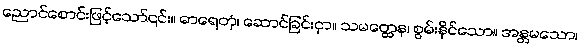
ညောင်စောင်းဖြင့်သော်၎င်း။ ဓာရေတုံ၊ ဆောင်ခြင်းငှာ။ သမတ္ထေန၊ စွမ်းနိုင်သော။ အန္တမသော၊